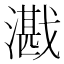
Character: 𪭕